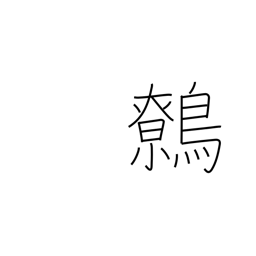
Meaning: wren